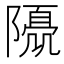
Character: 𨼘